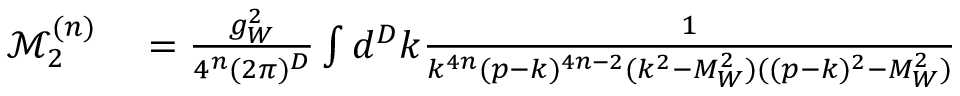
\begin{array} { r l } { \mathcal { M } _ { 2 } ^ { ( n ) } } & { { } = \frac { g _ { W } ^ { 2 } } { 4 ^ { n } ( 2 \pi ) ^ { D } } \int d ^ { D } k \frac { 1 } { k ^ { 4 n } ( p - k ) ^ { 4 n - 2 } ( k ^ { 2 } - M _ { W } ^ { 2 } ) ( ( p - k ) ^ { 2 } - M _ { W } ^ { 2 } ) } } \end{array}